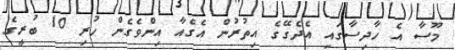
މޫސާ އެ ހާދިސާގައި އެދެގޭގެ އިތުރުން އެގެއާ އިންވެގެން ހުރި 10 ބުރީގެ